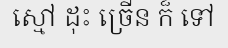
ស្មៅ ដុះ ច្រើន ក៏ ទៅ